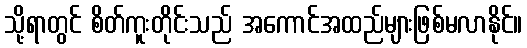
သို့ရာတွင် စိတ်ကူးတိုင်းသည် အကောင်အထည်များဖြစ်မလာနိုင်။